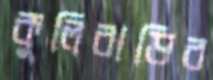
কুলিবাড়ির